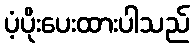
ပံ့ပိုးပေးထားပါသည်